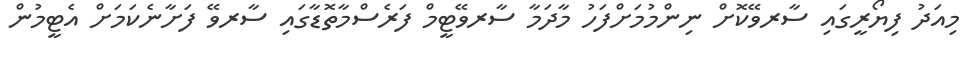
މިއަދު ފިޔޯރީގައި ސާރވޭކޮށް ނިންމުމަށްފަހު މާދަމާ ސާރވޭޓީމް ފަރެސްމާތޮޑާގައި ސާރވޭ ފަށާނެކަމަށް އެޓީމުން